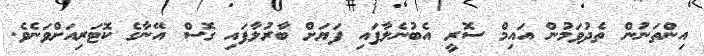
އިންތަނުން ތެދުވަމުން އައިމް ސޮރީ އެބުނެލާފައި ފަޔަށް ބާރުލާފައި ގޮސް އޭނާގެ ކޮޓަރިއަށްވަނެވެ.